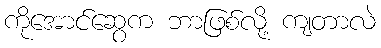
ကိုအောင်ဆွေက ဘာဖြစ်လို့ ကျတာလဲ